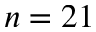
n = 2 1